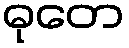
ဓုတေ